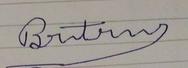
Signature authenticity: forged